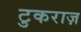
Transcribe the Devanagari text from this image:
टुकराज़